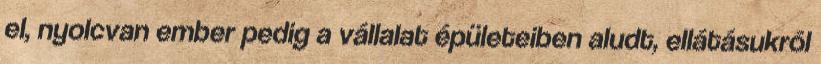
el, nyolcvan ember pedig a vállalat épületeiben aludt, ellátásukról